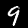
Digit: 9